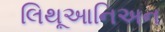
લિથૂઆનિઅન